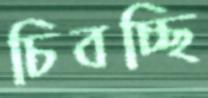
চিবচ্ছি